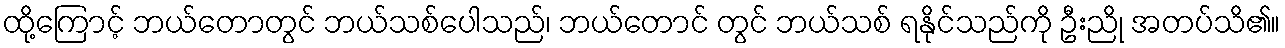
ထို့ကြောင့် ဘယ်တောတွင် ဘယ်သစ်ပေါသည်၊ ဘယ်တောင် တွင် ဘယ်သစ် ရနိုင်သည်ကို ဦးညို အတပ်သိ၏။